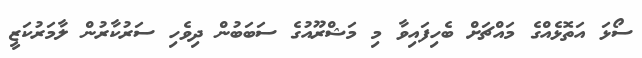
ސޯޅަ އަތޮޅެއްގެ މައްޗަށް ބެހިފައިވާ މި މަޝްރޫއުގެ ސަބަބުން ދިވެހި ސަރުކާރުން ލާމަރުކަޒީ